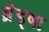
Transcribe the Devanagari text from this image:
ब्रेड्षा